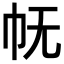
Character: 𭘓